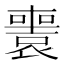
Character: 𡃟